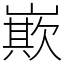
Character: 㠌